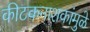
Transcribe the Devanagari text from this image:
कीटकनाशकांमुळे